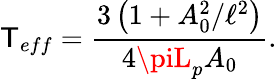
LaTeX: \mathsf{T}_{eff}=\frac{{3\left(1+A_{0}^{2}/\ell^{2}\right)}}{{4\piL_{p}A_{0}}}.